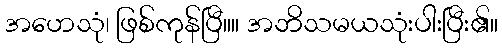
အဟေသုံ၊ ဖြစ်ကုန်ပြီ။။ အဘိသမယသုံးပါးပြီး၏။